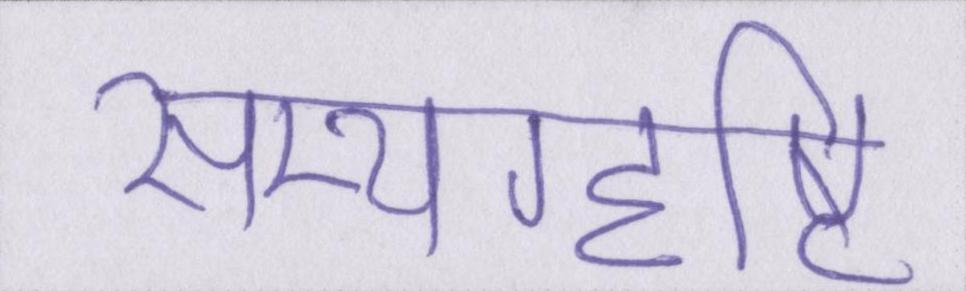
सम्यग्दृष्टि